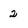
Character: 2